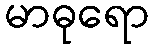
မာဓုရော